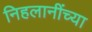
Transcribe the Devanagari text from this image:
निहलानींच्या